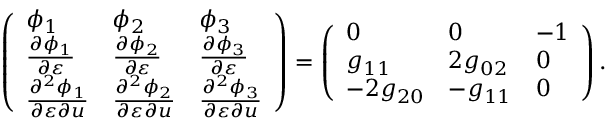
\left( \begin{array} { l l l } { \phi _ { 1 } } & { \phi _ { 2 } } & { \phi _ { 3 } } \\ { \frac { \partial \phi _ { 1 } } { \partial \varepsilon } } & { \frac { \partial \phi _ { 2 } } { \partial \varepsilon } } & { \frac { \partial \phi _ { 3 } } { \partial \varepsilon } } \\ { \frac { \partial ^ { 2 } \phi _ { 1 } } { \partial \varepsilon \partial u } } & { \frac { \partial ^ { 2 } \phi _ { 2 } } { \partial \varepsilon \partial u } } & { \frac { \partial ^ { 2 } \phi _ { 3 } } { \partial \varepsilon \partial u } } \end{array} \right) = \left( \begin{array} { l l l } { 0 } & { 0 } & { - 1 } \\ { g _ { 1 1 } } & { 2 g _ { 0 2 } } & { 0 } \\ { - 2 g _ { 2 0 } } & { - g _ { 1 1 } } & { 0 } \end{array} \right) .